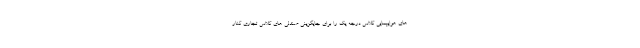
های هوایپمایی کلاس درجه یک را برای جایگزینی صندلی های کلاس تجاری کنار